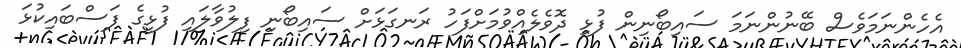
އެހެންނަމަވެސް ބޭނުންނަމަ ސައިބޯނިން ފުޅި ދޮވެލެއްވުމަށްފަހު ރަނގަޅަށް ސައިބޯނި ފިލުވާލައި ފުޅީގެ ފަސްބައިކުޅަ